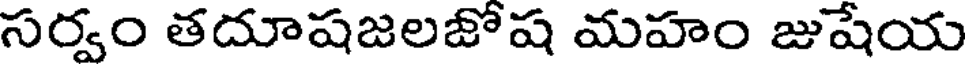
సర్వం తదూషజలజోష మహం జుషేయ